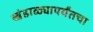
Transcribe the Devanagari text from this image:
खंडाळ्यापर्यंतचा